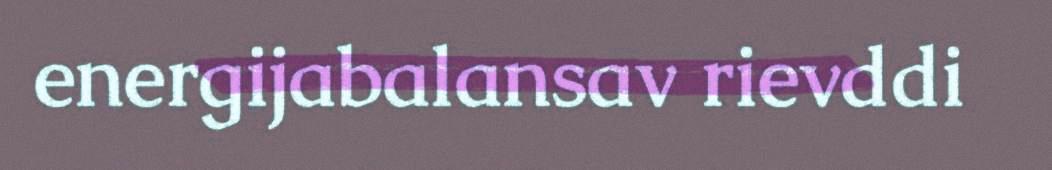
energijabalansav rievddi